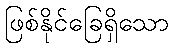
ဖြစ်နိုင်ခြေရှိသော